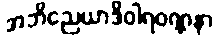
အဘိညေယာဒိဝါရဝဏ္ဏနာ